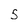
Character: s